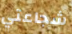
شجاعتي